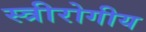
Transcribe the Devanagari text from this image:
स्त्रीरोगीय